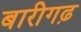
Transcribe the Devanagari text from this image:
बारीगढ़